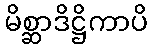
မိစ္ဆာဒိဋ္ဌိကာပိ